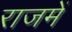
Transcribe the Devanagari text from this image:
राजमें